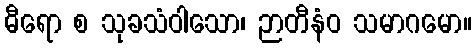
ဓီရော စ သုခသံဝါသော၊ ဉာတီနံဝ သမာဂမော။